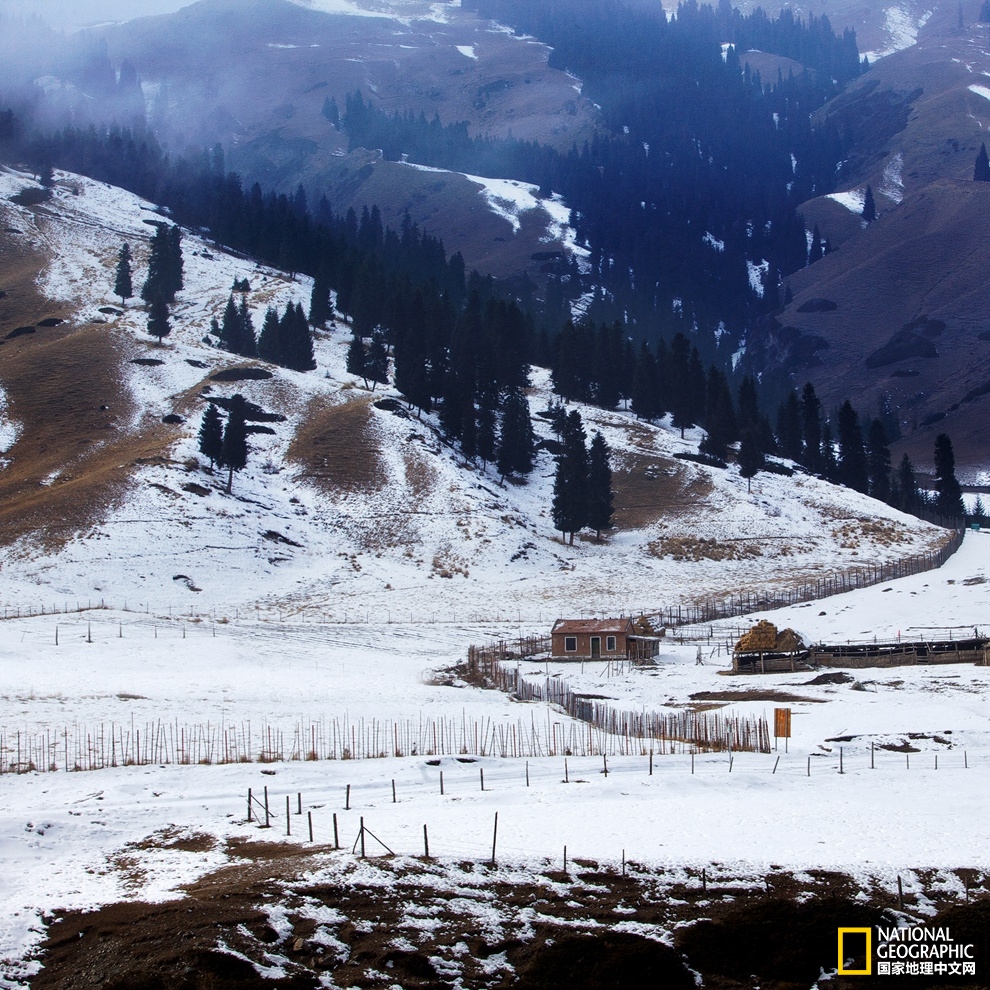
天山雪后海风寒，横笛偏吹行路难。